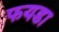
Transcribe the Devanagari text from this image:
फयडा